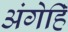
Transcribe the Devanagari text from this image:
अंगेहिँ